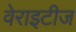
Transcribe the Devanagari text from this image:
वेराइटीज